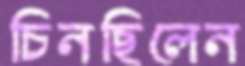
চিনছিলেন